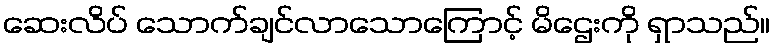
ဆေးလိပ် သောက်ချင်လာသောကြောင့် မိဌေးကို ရှာသည်။